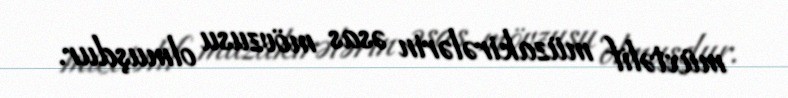
müxtəlif müzakirələrin əsas mövzusu olmuşdur.